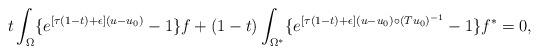
LaTeX: \begin{align*} t \int_{\Omega} \{e^{[\tau (1-t)+\epsilon] (u -u_0)}-1\} f +(1-t) \int_{\Omega^*}\{e^{[\tau (1-t)+\epsilon] (u -u_0)\circ(Tu_0)^{-1}}-1\}f^* = 0, \end{align*}